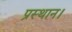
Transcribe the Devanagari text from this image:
प्रस्थान।